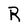
Character: R